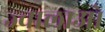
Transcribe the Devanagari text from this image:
ज्वालाओ